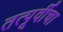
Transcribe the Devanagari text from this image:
तत्पूर्वीचा